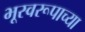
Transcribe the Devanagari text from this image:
भूस्वरूपाच्या